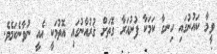
ވީމާ ކައުނުގައި ހިނގާ ކަމަކާ ފުށުއަރާ ގޮތަށް ޤުރުއާނުގައި އޮތުމަކީ އެއީ ނުވާނެކަމެވެ.